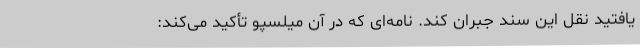
یافتید نقل این سند جبران کند. نامه‌ای که در آن میلسپو تأکید می‌کند: